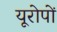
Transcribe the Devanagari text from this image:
यूरोपों